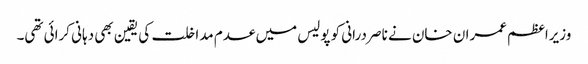
وزیراعظم عمران خان نے ناصر درانی کو پولیس میں عدم مداخلت کی یقین بھی دہانی کرائی تھی۔